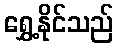
ရွှေ့နိုင်သည်